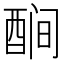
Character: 𬪫